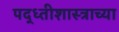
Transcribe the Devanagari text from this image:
पद्ध्तीशास्त्राच्या